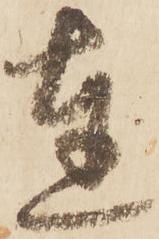
達